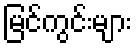
မြင်ကွင်းများ